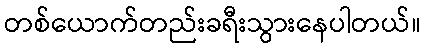
တစ်ယောက်တည်းခရီးသွားနေပါတယ်။